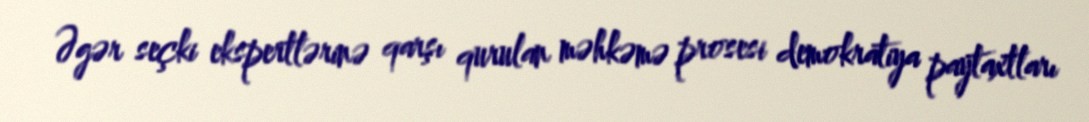
Əgər seçki ekspertlərinə qarşı qurulan məhkəmə prosesi demokratiya paytaxtları